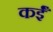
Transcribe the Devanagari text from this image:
कईँ